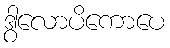
ဒွါလောပိကောပေ